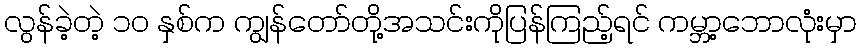
လွန်ခဲ့တဲ့ ၁၀ နှစ်က ကျွန်တော်တို့အသင်းကိုပြန်ကြည့်ရင် ကမ္ဘာ့ဘောလုံးမှာ